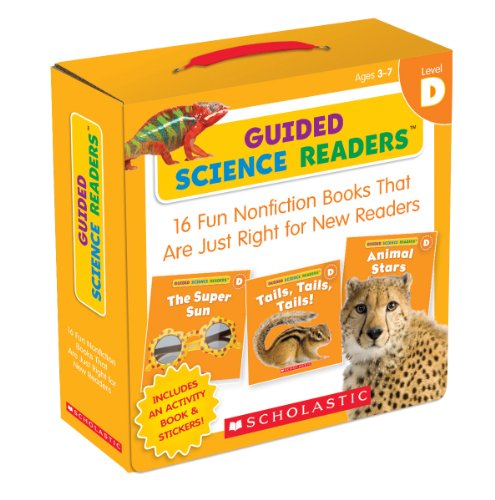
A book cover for Guided Science Readers Parent Pack: Level D: 16 Fun Nonfiction Books That Are Just Right for New Readers; Liza Charlesworth; Education & Teaching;